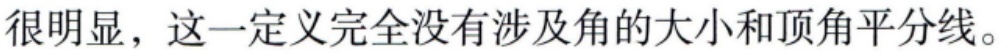
很明显，这一定义完全没有涉及角的大小和顶角平分线。